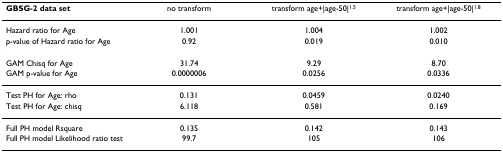
<table><thead><tr><td><b>GBSG-2 data set</b></td><td><b>no transform</b></td><td><b>transform age+|age-50|<sup>1.5</sup></b></td><td><b>transform age+|age-50|<sup>1.8</sup></b></td></tr></thead><tbody><tr><td>Hazard ratio for Age</td><td>1.001</td><td>1.004</td><td>1.002</td></tr><tr><td>p-value of Hazard ratio for Age</td><td>0.92</td><td>0.019</td><td>0.010</td></tr><tr><td>GAM Chisq for Age</td><td>31.74</td><td>9.29</td><td>8.70</td></tr><tr><td>GAM p-value for Age</td><td>0.0000006</td><td>0.0256</td><td>0.0336</td></tr><tr><td>Test PH for Age: rho</td><td>0.131</td><td>0.0459</td><td>0.0240</td></tr><tr><td>Test PH for Age: chisq</td><td>6.118</td><td>0.581</td><td>0.169</td></tr><tr><td>Full PH model Rsquare</td><td>0.135</td><td>0.142</td><td>0.143</td></tr><tr><td>Full PH model Likelihood ratio test</td><td>99.7</td><td>105</td><td>106</td></tr></tbody></table>